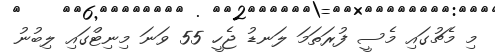
މި މެޗުގައި މެސީ ފުރަތަމަ ލަނޑު ޖެހީ 55 ވަނަ މިނިޓްގައި ލިބުނު